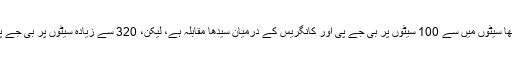
اویسی نے ایک رپورٹ کا حوالہ دیتے ہوئے کہا کہ 543 لوک سبھا سیٹوں میں سے 100 سیٹوں پر بی جے پی اور کانگریس کے درمیان سیدھا مقابلہ ہے، لیکن، 320 سے زیادہ سیٹوں پر بی جے پی، کانگریس اور علاقائی پارٹیوں کے درمیان سہ رخی جنگ ہے۔